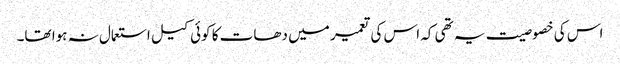
اس کی خصوصیت یہ تھی کہ اس کی تعمیر میں دھات کا کوئی کیل استعمال نہ ہوا تھا۔